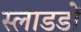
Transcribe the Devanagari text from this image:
स्लाडडों